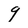
Character: 9